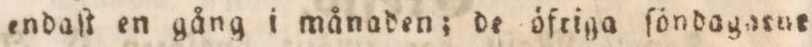
endaſt en gång i månaden; de öfriga ſöndagatur